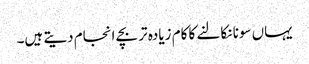
یہاں سونا نکالنے کا کام زیادہ تر بچے انجام دیتے ہیں۔